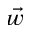
\vec { w }